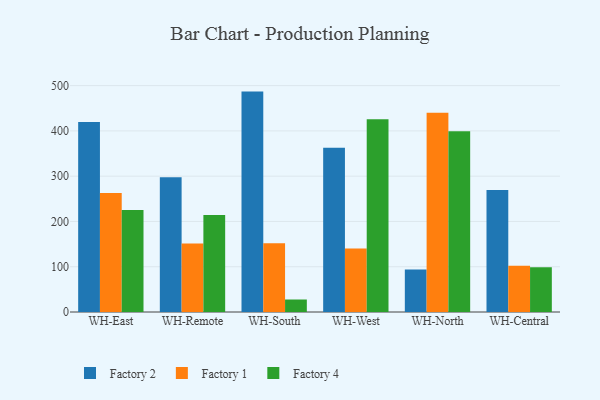
{"axis": {"x": "Warehouse", "y": "Net Income (USD K)"}, "legend": ["Factory 1", "Factory 2", "Factory 4"], "data": [{"x": "WH-East", "y": 419.6, "type": "Factory 2"}, {"x": "WH-East", "y": 263.0, "type": "Factory 1"}, {"x": "WH-East", "y": 225.1, "type": "Factory 4"}, {"x": "WH-Remote", "y": 297.7, "type": "Factory 2"}, {"x": "WH-Remote", "y": 151.5, "type": "Factory 1"}, {"x": "WH-Remote", "y": 214.3, "type": "Factory 4"}, {"x": "WH-South", "y": 486.8, "type": "Factory 2"}, {"x": "WH-South", "y": 151.6, "type": "Factory 1"}, {"x": "WH-South", "y": 27.6, "type": "Factory 4"}, {"x": "WH-West", "y": 362.8, "type": "Factory 2"}, {"x": "WH-West", "y": 140.1, "type": "Factory 1"}, {"x": "WH-West", "y": 426.0, "type": "Factory 4"}, {"x": "WH-North", "y": 93.7, "type": "Factory 2"}, {"x": "WH-North", "y": 440.0, "type": "Factory 1"}, {"x": "WH-North", "y": 399.1, "type": "Factory 4"}, {"x": "WH-Central", "y": 269.3, "type": "Factory 2"}, {"x": "WH-Central", "y": 102.4, "type": "Factory 1"}, {"x": "WH-Central", "y": 98.9, "type": "Factory 4"}]}